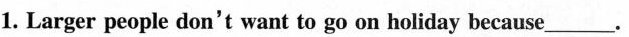
1. Larger people don't want to go on holiday because___.